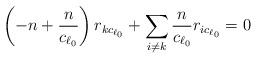
LaTeX: \begin{align*} \left (-n + \frac{n}{c_{\ell_0}} \right )r_{kc_{\ell_0}} + \sum_{i \neq k} \frac{n}{c_{\ell_0}}r_{ic_{\ell_0}} = 0\end{align*}